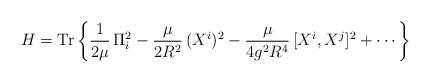
LaTeX: \begin{align*}H={\rm Tr}\left\{\frac{1}{2\mu}\,\Pi_{i}^{2}-\frac{\mu}{2R^{2}}\,(X^{i})^{2}-\frac{\mu}{4g^{2}R^{4}}\,[X^{i},X^{j}]^{2}+\cdots\right\}\end{align*}